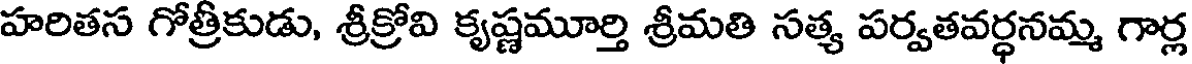
హరితస గోత్రీకుడు, శ్రీక్రోవి కృష్ణమూర్తి శ్రీమతి సత్య పర్వతవర్ధనమ్మ గార్ల